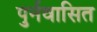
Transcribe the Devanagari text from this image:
पुर्नवासित